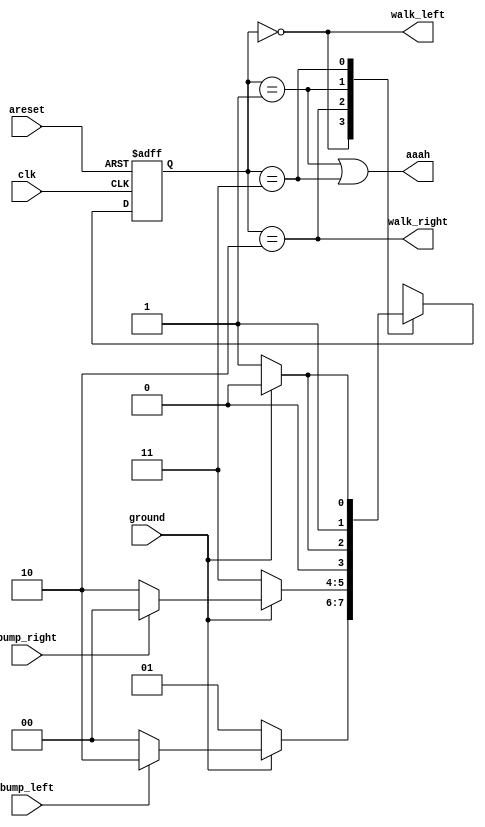
module top_module(
    input clk,
    input areset,    // Freshly brainwashed Lemmings walk left.
    input bump_left,
    input bump_right,
    input ground,
    output walk_left,
    output walk_right,
    output aaah ); 

    reg                                [1:0]curr_state,next_state;
    parameter    LEFT=2'b00,FALL_L=2'b01,RIGHT=2'b10,FALL_R=2'b11;
    always@(posedge clk or posedge areset) begin
        if(areset)  curr_state<=      LEFT;
        else        curr_state<=next_state;

    end

    always @(*) begin

        case(curr_state)
            LEFT  : if(ground) next_state = bump_left  ? RIGHT:  LEFT;
                    else          next_state = FALL_L;
            RIGHT : if(ground) next_state = bump_right ?  LEFT: RIGHT;
                    else          next_state = FALL_R;

            FALL_L: if(ground) next_state=  LEFT;
                    else       next_state=FALL_L;
                    
            FALL_R: if(ground) next_state= RIGHT;
                    else       next_state=FALL_R;

       
        endcase


    end

    assign  walk_left  = (curr_state== LEFT);
    assign walk_right  = (curr_state==RIGHT);
    assign       aaah  = (curr_state==FALL_L)|(curr_state==FALL_R);

    endmodule